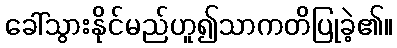
ခေါ်သွားနိုင်မည်ဟူ၍သာကတိပြုခဲ့၏။